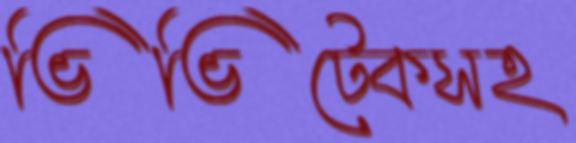
ভিভিটেকসহ